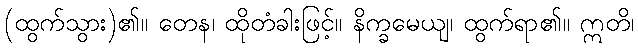
(ထွက်သွား)၏။ တေန၊ ထိုတံခါးဖြင့်။ နိက္ခမေယျ၊ ထွက်ရာ၏။ ဣတိ၊